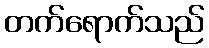
တက်ရောက်သည်